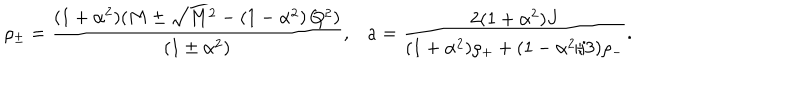
LaTeX: \rho _ { \pm } = \frac { ( 1 + \alpha ^ { 2 } ) ( M \pm \sqrt { M ^ { 2 } - \left( 1 - \alpha ^ { 2 } \right) Q ^ { 2 } } ) } { \left( 1 \pm \alpha ^ { 2 } \right) } , a = \frac { 2 ( 1 + \alpha ^ { 2 } ) J } { ( 1 + \alpha ^ { 2 } ) \rho _ { + } + ( 1 - \alpha ^ { 2 } / 3 ) \rho _ { - } } .